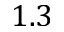
1 . 3